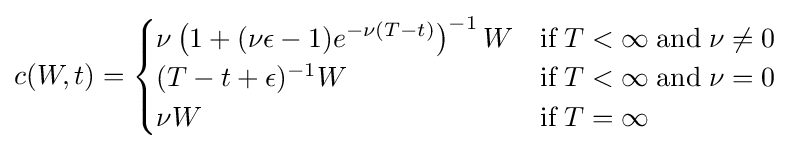
c(W,t)={\begin{cases}\nu \left(1+(\nu \epsilon -1)e^{-\nu (T-t)}\right)^{-1}W&{\textrm {if}}\;T<\infty \;{\textrm {and}}\;\nu \neq 0\\(T-t+\epsilon )^{-1}W&{\textrm {if}}\;T<\infty \;{\textrm {and}}\;\nu =0\\\nu W&{\textrm {if}}\;T=\infty \end{cases}}